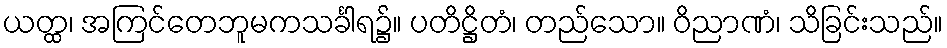
ယတ္ထ၊ အကြင်တေဘူမကသင်္ခါရ၌။ ပတိဋ္ဌိတံ၊ တည်သော။ ဝိညာဏံ၊ သိခြင်းသည်။